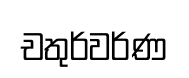
චතුර්වර්ණ